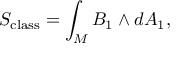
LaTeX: S _ { \mathrm { c l a s s } } = \int _ { M } B _ { 1 } \wedge d A _ { 1 } ,